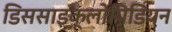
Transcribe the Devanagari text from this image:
डिससाइक्लोपिडियन